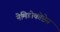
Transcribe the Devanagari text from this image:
नेमिडोकोप्टेस